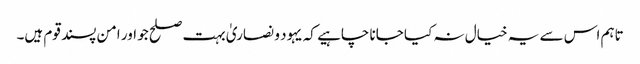
تاہم اس سے یہ خیال نہ کیا جانا چاہیے کہ یہود و نصاریٰ بہت صلح جو اور امن پسند قوم ہیں۔